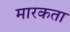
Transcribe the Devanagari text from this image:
मारकता